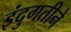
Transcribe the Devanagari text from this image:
इंदुगतीने